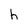
Character: h